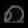
Digit: ၈